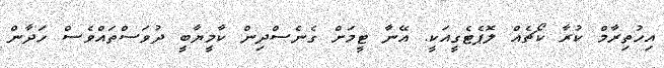
އިހުތިރާމް ކުރާ ކޯޗެއް ލޮޕެޓެގީއަކީ. އޭނާ ޓީމަށް ގެނެސްދިން ކާމީޔާބީ ދުވަސްތައްވެސް ހަދާން